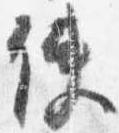
使